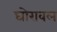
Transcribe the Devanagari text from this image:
घोरावल